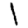
Digit: 1